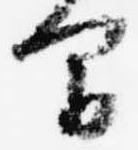
間